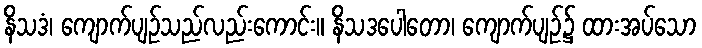
နိသဒံ၊ ကျောက်ပျဉ်သည်လည်းကောင်း။ နိသဒပေါတော၊ ကျောက်ပျဉ်၌ ထားအပ်သော